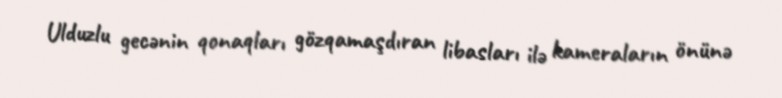
Ulduzlu gecənin qonaqları gözqamaşdıran libasları ilə kameraların önünə